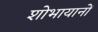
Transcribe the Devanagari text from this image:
शोभायानों